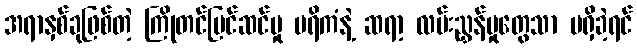
အရာနှစ်ခုဖြစ်တဲ့ ကြိုတင်ပြင်ဆင်မှု ပရိကံနဲ့ ဆရာ့ လမ်းညွှန်မှုတွေသာ မရှိခဲ့ရင်